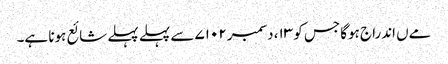
مےں اندراج ہوگا جس کو ۱۳، دسمبر ۷۱۰۲ سے پہلے پہلے شائع ہونا ہے۔